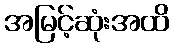
အမြင့်ဆုံးအထိ